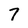
Character: 7